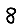
Digit: 8